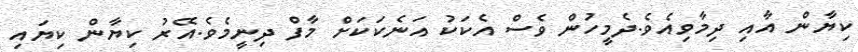
ކިޔާން އާއި ދިމާވިއެވެ.ދެމީހުން ވެސް އެކަކު އަނެކަކަށް މާފް ދިނީމެވެ.އޭރު ކިޔާން ކިޔައި